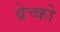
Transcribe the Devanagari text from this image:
ब्रेच्को